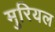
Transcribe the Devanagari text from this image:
मुरियल